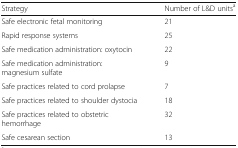
<table><thead><tr><td><b>Strategy</b></td><td><b>Number of L&amp;D units<sup>a</sup></b></td></tr></thead><tbody><tr><td>Safe electronic fetal monitoring</td><td>21</td></tr><tr><td>Rapid response systems</td><td>25</td></tr><tr><td>Safe medication administration: oxytocin</td><td>22</td></tr><tr><td>Safe medication administration: magnesium sulfate</td><td>9</td></tr><tr><td>Safe practices related to cord prolapse</td><td>7</td></tr><tr><td>Safe practices related to shoulder dystocia</td><td>18</td></tr><tr><td>Safe practices related to obstetric hemorrhage</td><td>32</td></tr><tr><td>Safe cesarean section</td><td>13</td></tr></tbody></table>